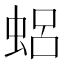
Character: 𱿤